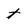
Character: t